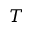
T